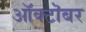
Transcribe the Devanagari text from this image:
आॅक्टॊबर